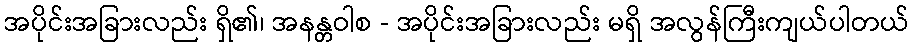
အပိုင်းအခြားလည်း ရှိ၏၊ အနန္တဝါစ - အပိုင်းအခြားလည်း မရှိ အလွန်ကြီးကျယ်ပါတယ်